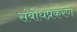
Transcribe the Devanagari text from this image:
संबोधप्रकरण